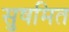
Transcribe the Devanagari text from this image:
सुषमित